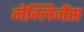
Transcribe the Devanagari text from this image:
नेग्लिजेंस